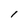
Character: l